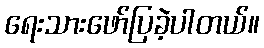
ရေးသားဖော်ပြခဲ့ပါတယ်။